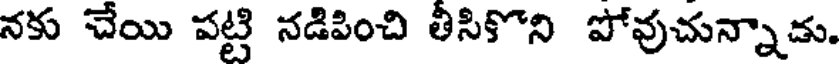
నకు చేయి పట్టి నడిపించి తీసికొని పోవుచున్నాడు.